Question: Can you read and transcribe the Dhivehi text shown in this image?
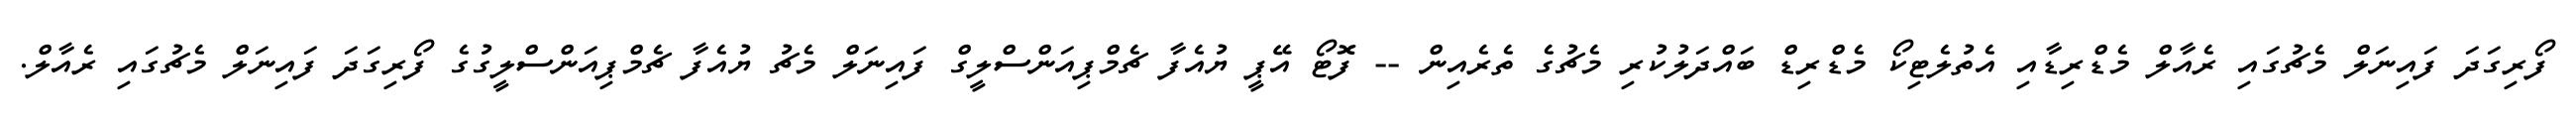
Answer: ފޯރިގަދަ ފައިނަލް މެޗުގައި ރެއާލް މެޑްރިޑާއި އެތުލެޓިކޯ މެޑްރިޑް ބައްދަލުކުރި މެޗުގެ ތެރެއިން -- ފޮޓޯ އޭޕީ ޔުއެފާ ޗެމްޕިއަންސްލީގް ފައިނަލް މެޗު ޔުއެފާ ޗެމްޕިއަންސްލީގުގެ ފޯރިގަދަ ފައިނަލް މެޗުގައި ރެއާލް.